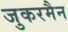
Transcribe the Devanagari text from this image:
जुकरमैन